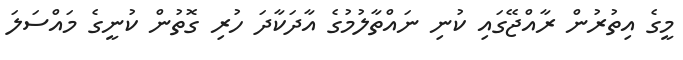
މީގެ އިތުރުން ރާއްޖޭގައި ކުނި ނައްތާލުމުގެ އާދަކާދަ ހުރި ގޮތުން ކުނީގެ މައްސަލަ